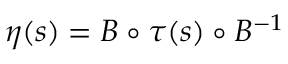
\eta ( s ) = B \circ \tau ( s ) \circ B ^ { - 1 }